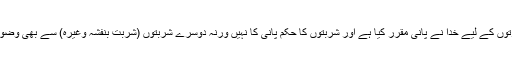
ایسی طہارتوں کے لیے خدا نے پانی مقرر کیا ہے اور شربتوں کا حکم پانی کا نہیں ورنہ دوسرے شربتوں (شربت بنفشہ وغیرہ) سے بھی وضو جائز ہوتا۔